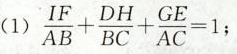
$$\frac { IF } { AB } + \frac { DH } { BC } + \frac { GE } { AC } = 1$$ ；